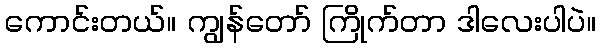
ကောင်းတယ်။ ကျွန်တော် ကြိုက်တာ ဒါလေးပါပဲ။